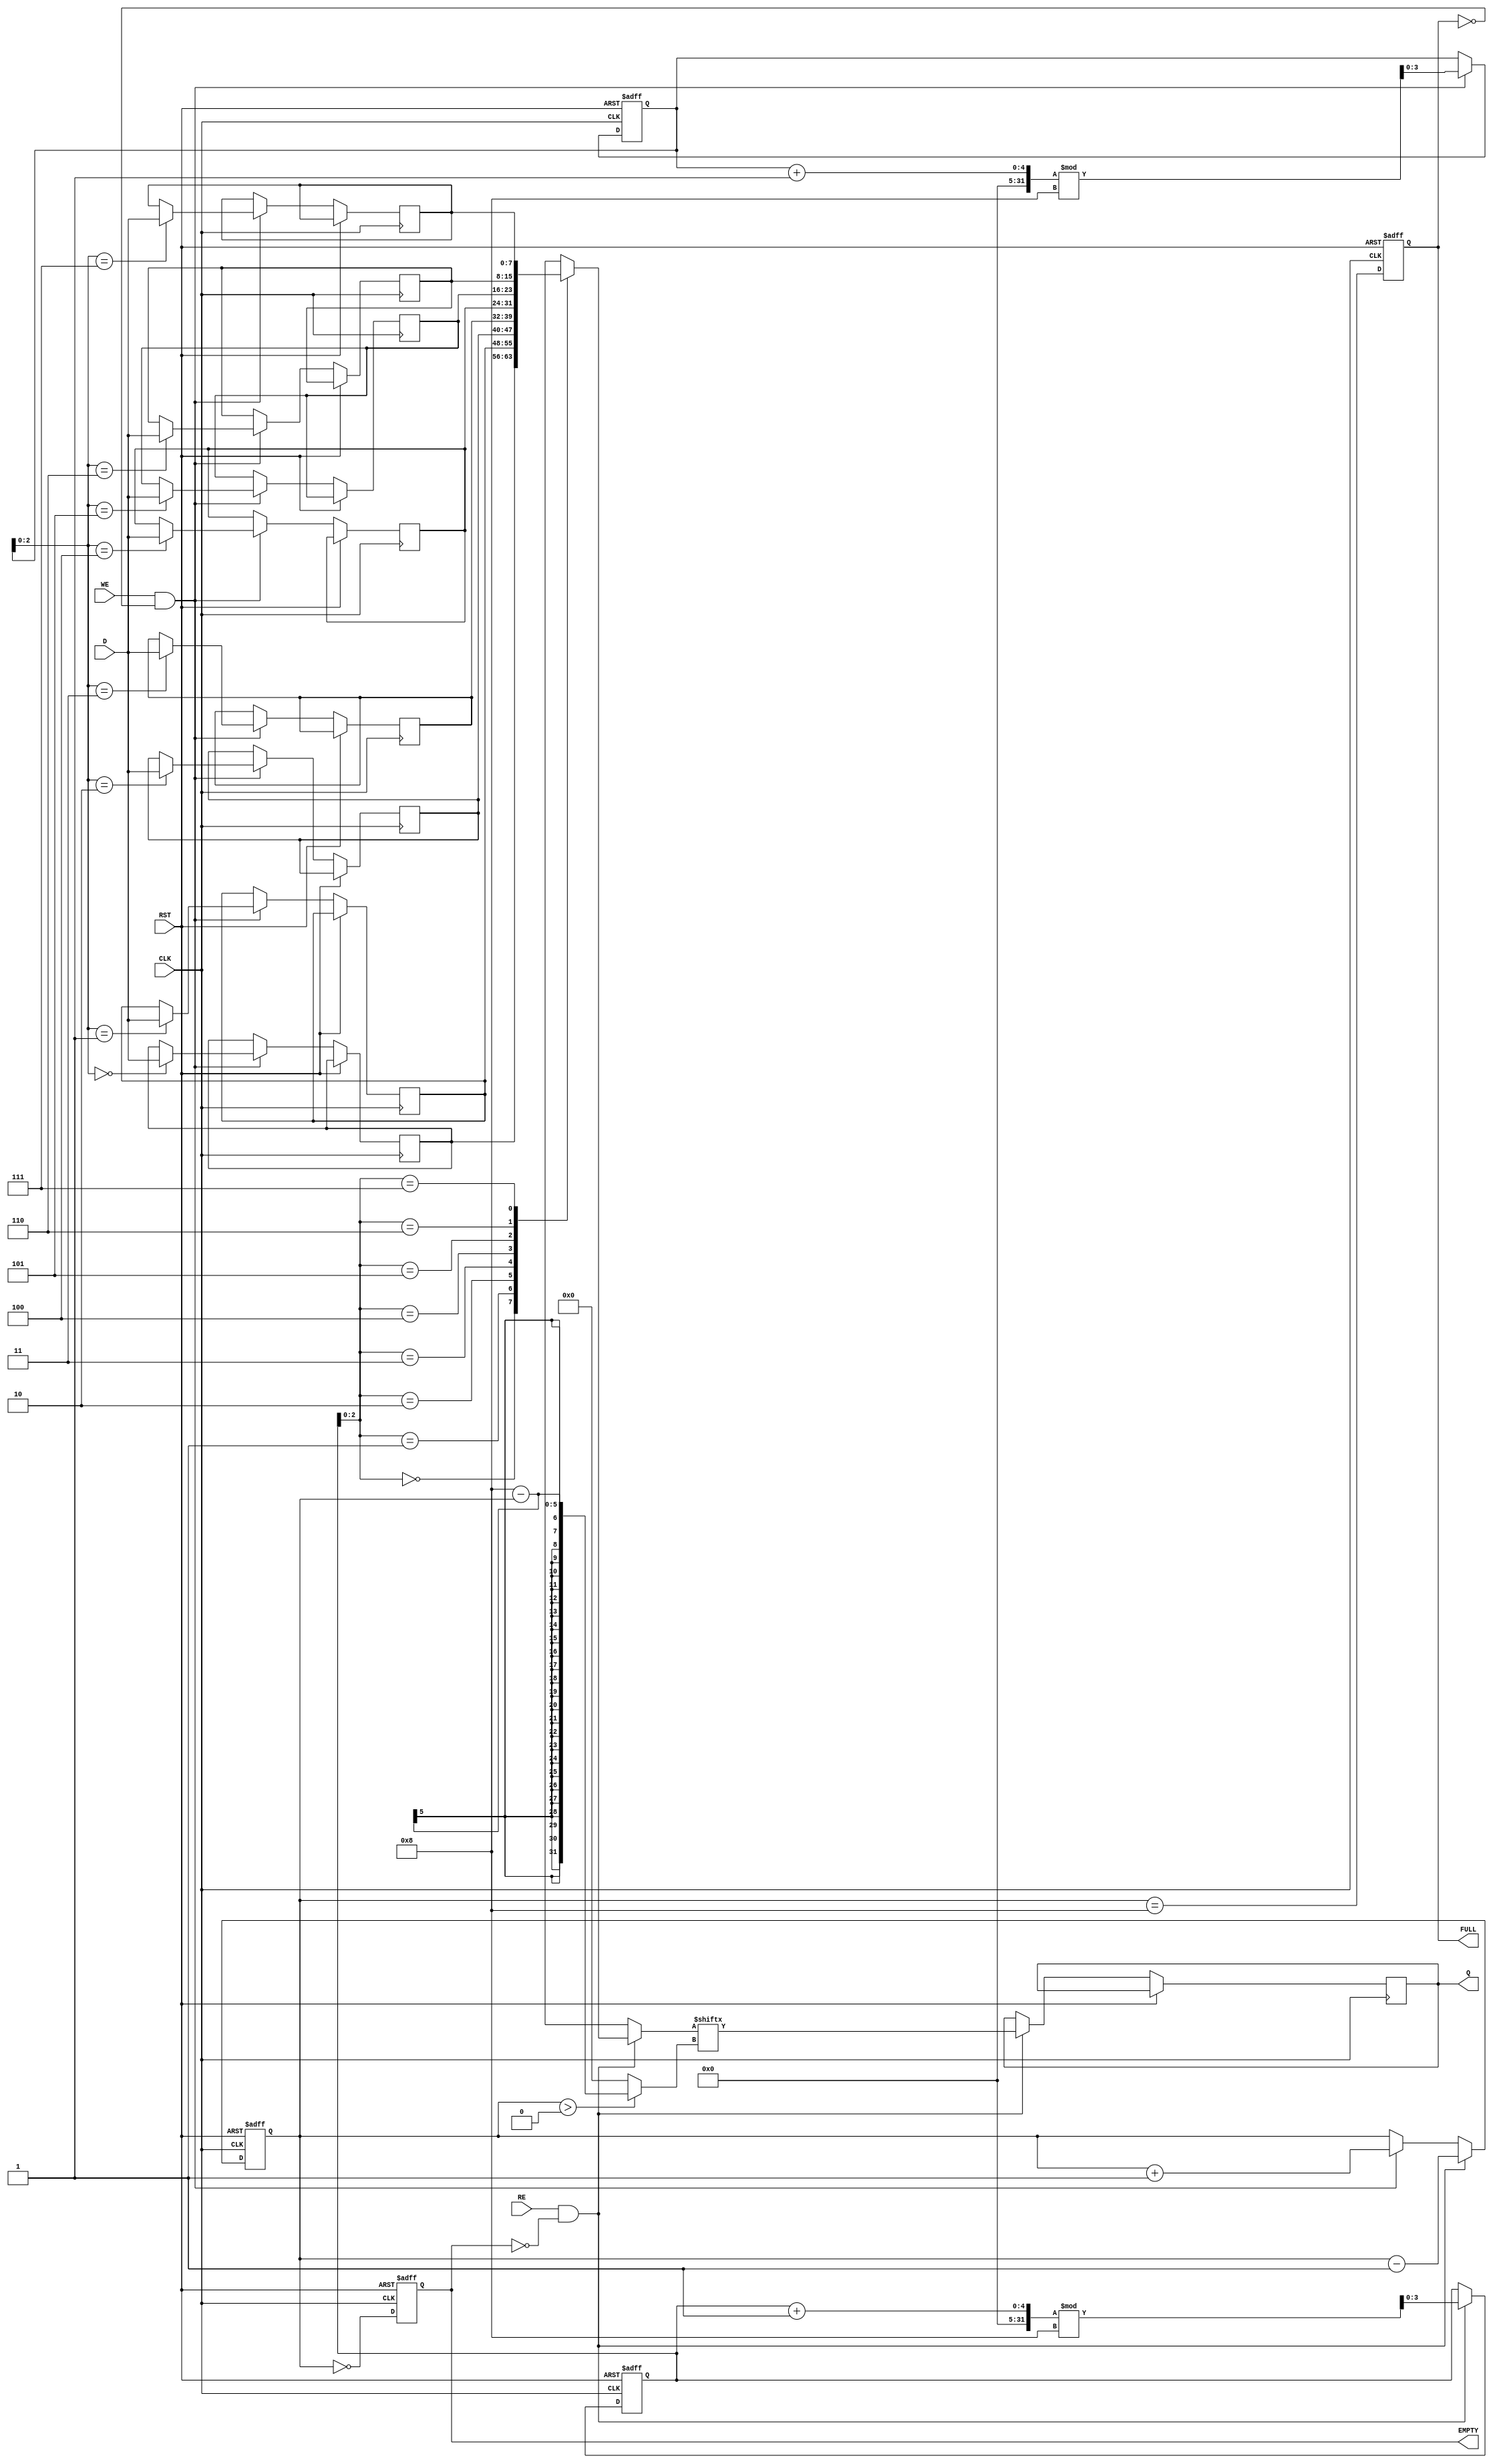
module FIFO_PISO #(
    parameter FIFO_SIZE = 8,  // Number of bits in the FIFO
    parameter DATA_WIDTH = 8   // Width of parallel data input
) (
    input wire [DATA_WIDTH-1:0] D,    // Parallel Data Input
    input wire WE,                     // Write Enable
    input wire RE,                     // Read Enable
    input wire CLK,                    // Clock
    input wire RST,                    // Reset
    output reg Q,                      // Serial Data Output
    output reg EMPTY,                  // Empty Flag
    output reg FULL                    // Full Flag
);

    // Internal Storage
    reg [DATA_WIDTH-1:0] fifo_storage [FIFO_SIZE-1:0];
    
    // Write and Read pointers
    reg [3:0] write_pointer;  // 4-bit to support up to 16 locations
    reg [3:0] read_pointer;   // 4-bit to support up to 16 locations
    reg [4:0] item_count;     // To count items in the FIFO

    initial begin
        write_pointer = 0;
        read_pointer = 0;
        item_count = 0;
        EMPTY = 1'b1;
        FULL = 1'b0;
    end

    always @(posedge CLK or posedge RST) begin
        if (RST) begin
            write_pointer <= 0;
            read_pointer <= 0;
            item_count <= 0;
            EMPTY <= 1'b1;
            FULL <= 1'b0;
        end else begin
            // Write operation
            if (WE && !FULL) begin
                fifo_storage[write_pointer] <= D;
                write_pointer <= (write_pointer + 1) % FIFO_SIZE;
                item_count <= item_count + 1;
            end

            // Read operation
            if (RE && !EMPTY) begin
                Q <= fifo_storage[read_pointer][item_count > 0 ? DATA_WIDTH - item_count : 0];
                read_pointer <= (read_pointer + 1) % FIFO_SIZE;
                item_count <= item_count - 1;
            end
            
            // Update EMPTY and FULL flags
            EMPTY <= (item_count == 0);
            FULL <= (item_count == FIFO_SIZE);
        end
    end
endmodule